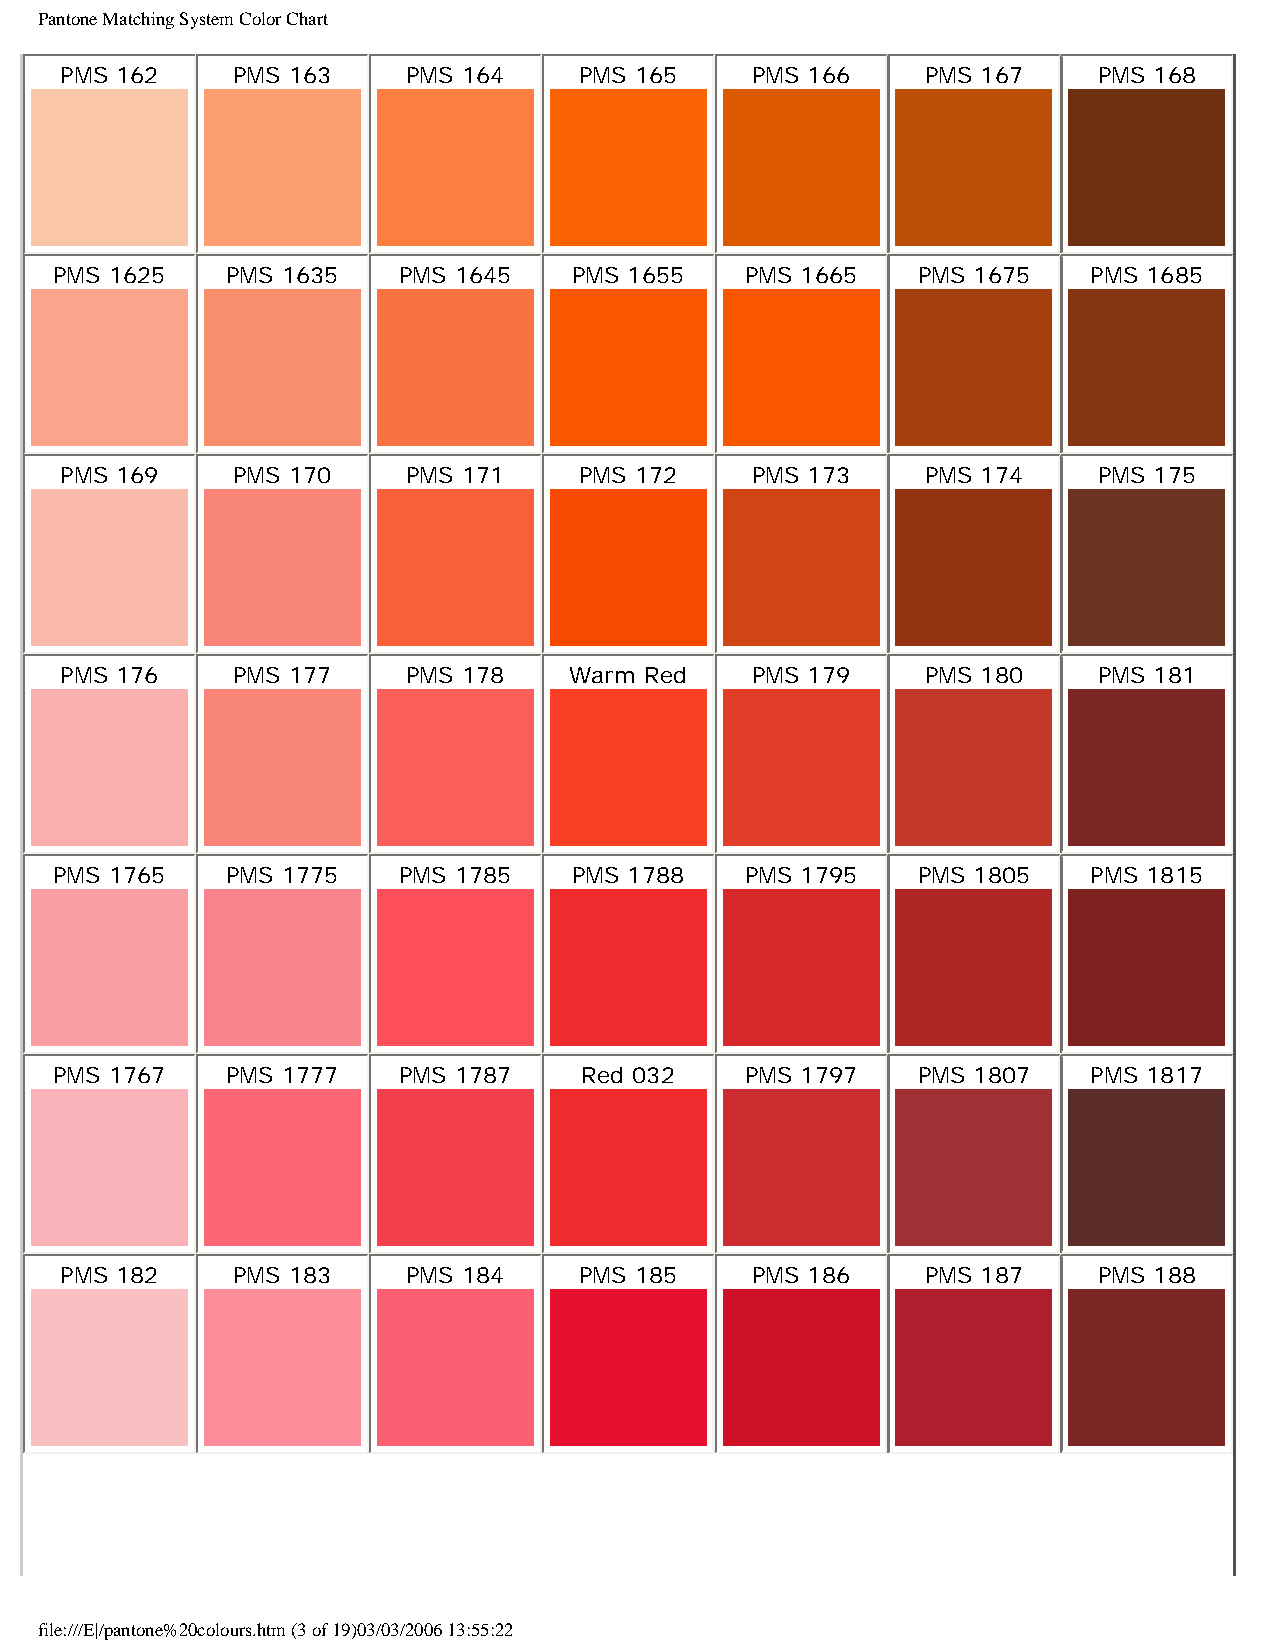
Pantone Matching System Color Chart
 PMS 162    PMS 163     PMS 164    PMS 165     PMS 166    PMS 167     PMS 168
 PMS 1625   PMS 1635   PMS 1645    PMS 1655   PMS 1665    PMS 1675   PMS 1685
 PMS 169    PMS 170     PMS 171    PMS 172     PMS 173    PMS 174     PMS 175
 PMS 176    PMS 177     PMS 178    Warm Red    PMS 179    PMS 180     PMS 181
 PMS 1765   PMS 1775   PMS 1785    PMS 1788   PMS 1795    PMS 1805   PMS 1815
 PMS 1767   PMS 1777   PMS 1787    Red 032    PMS 1797    PMS 1807   PMS 1817
 PMS 182    PMS 183     PMS 184    PMS 185     PMS 186    PMS 187     PMS 188
 file:///E|/pantone%20colours.htm (3 of 19)03/03/2006 13:55:22